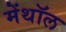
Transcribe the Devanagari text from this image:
मेंथॉल